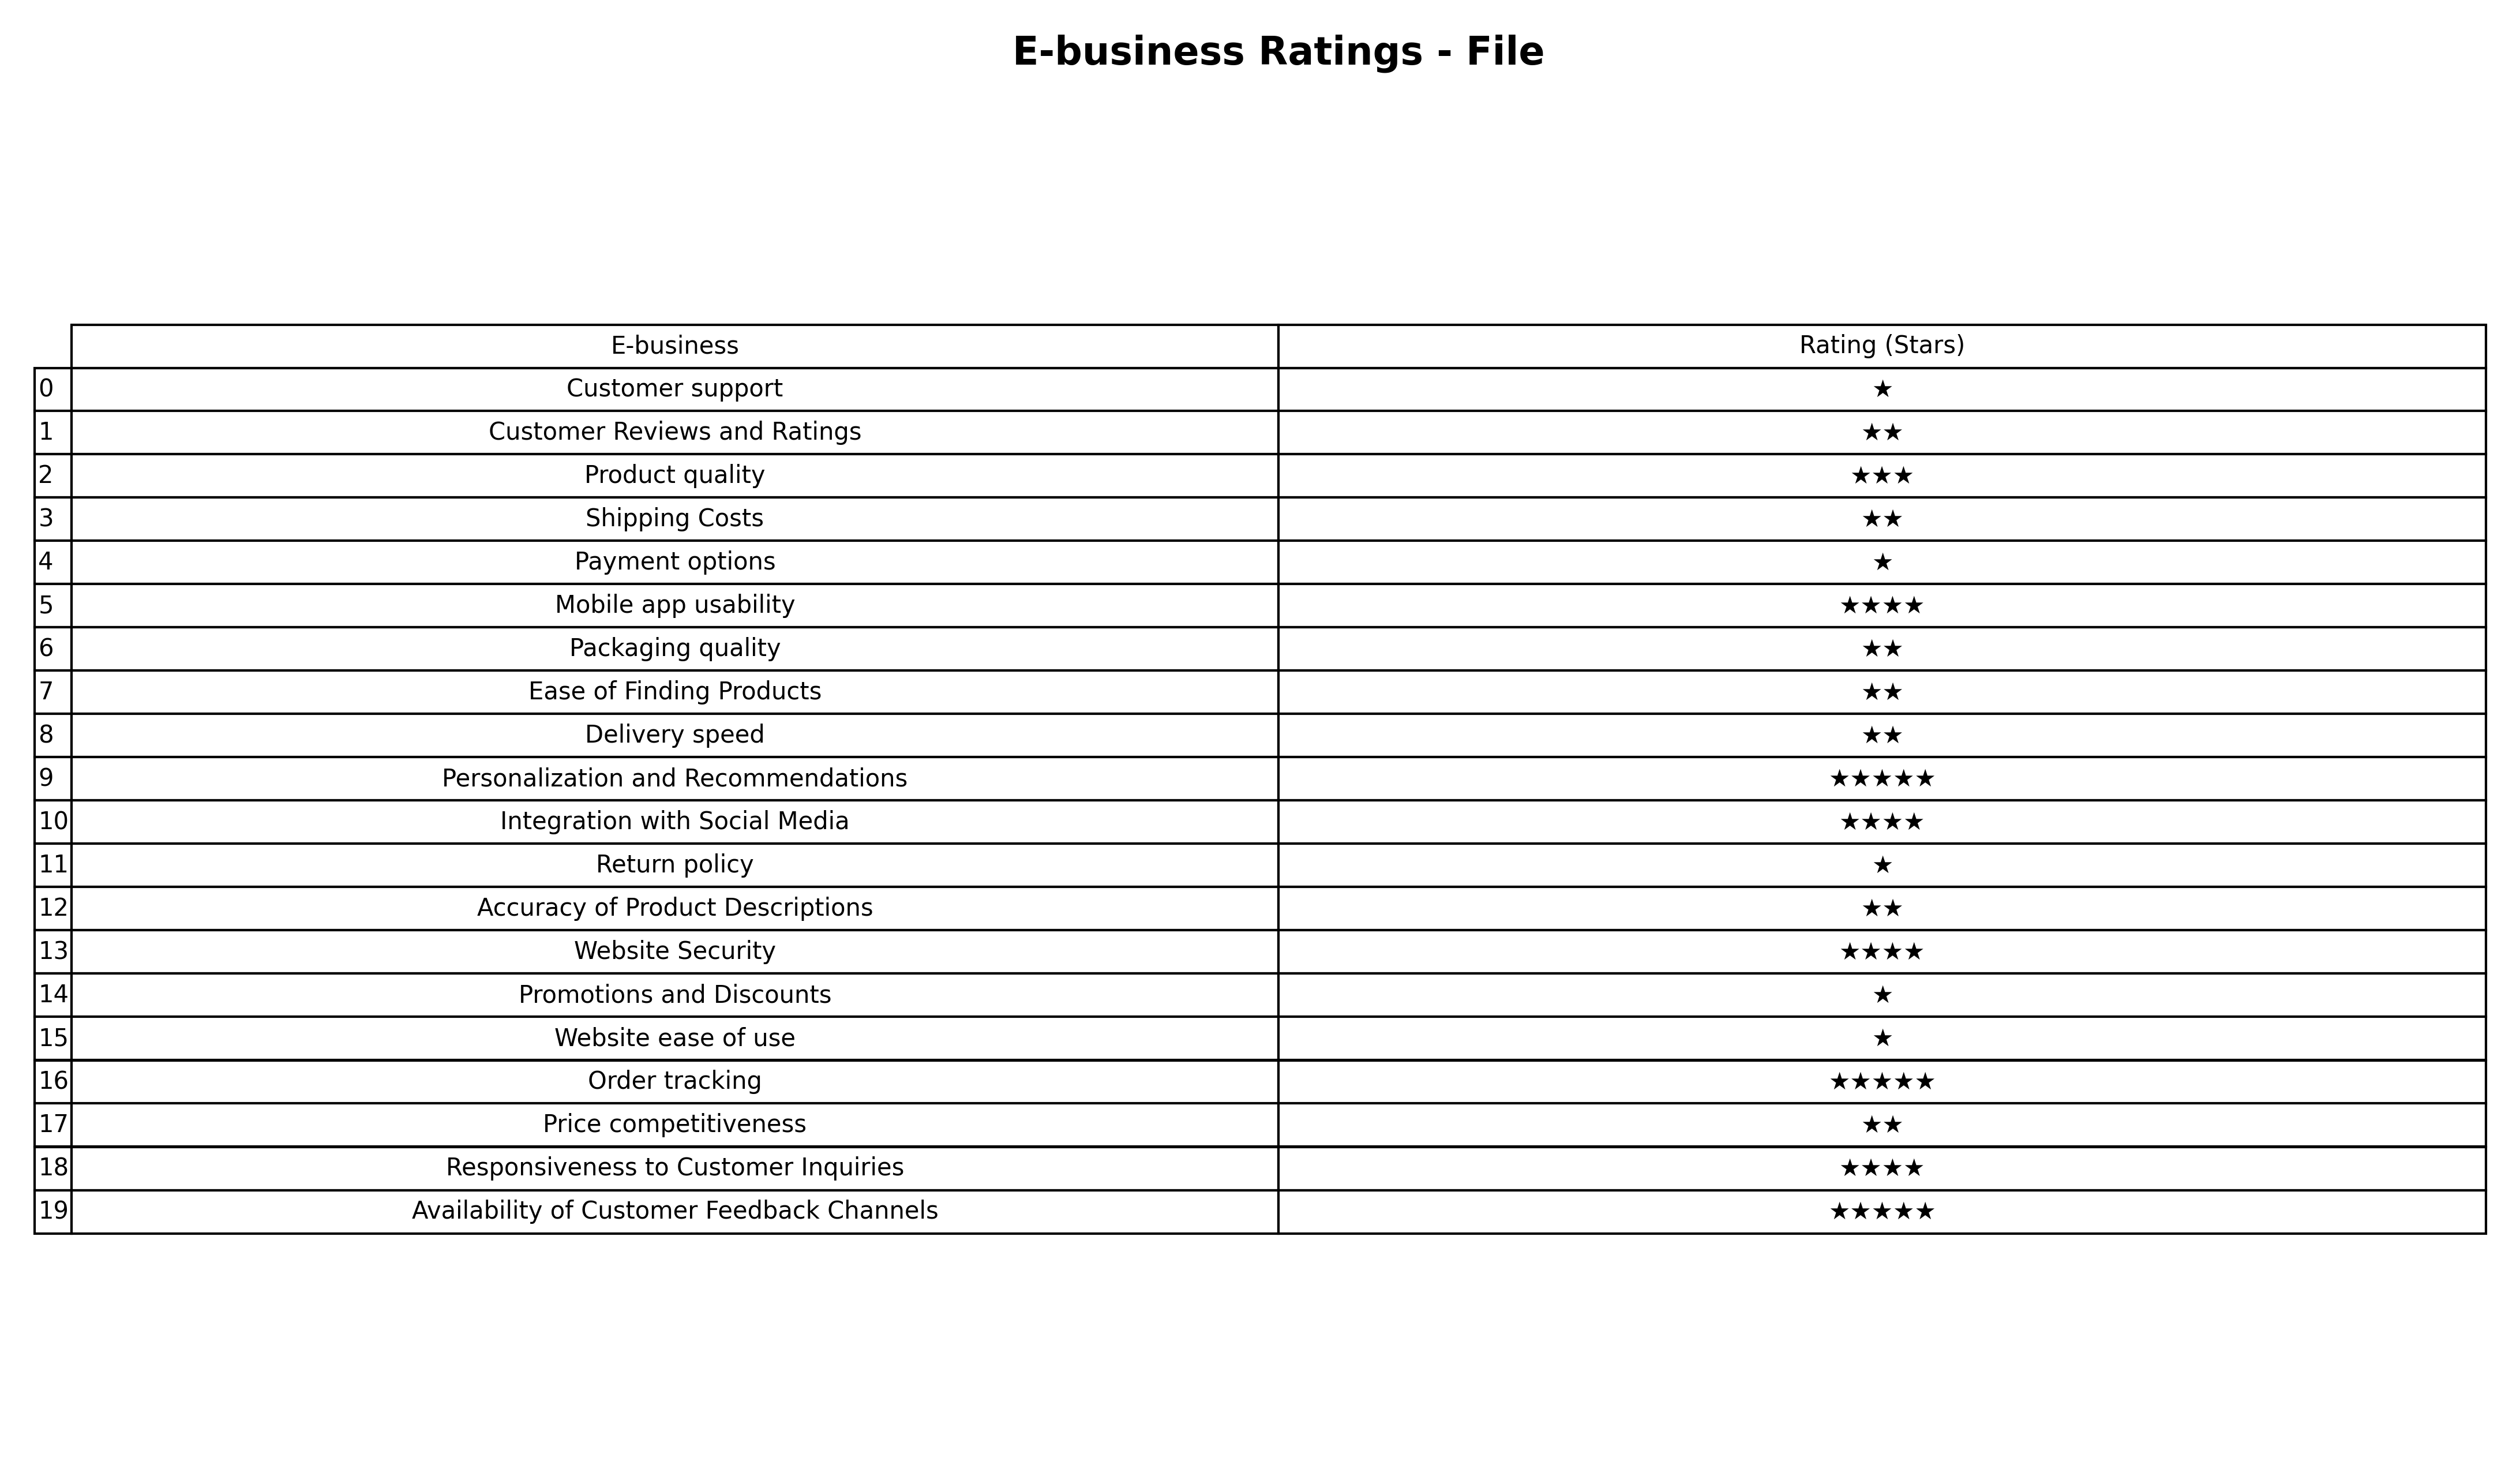
question: What are one star services?
answer: Customer supportPayment optionsReturn policyPromotions and DiscountsWebsite ease of use